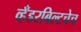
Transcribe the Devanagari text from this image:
व्हँडरबिल्टचेच